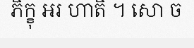
ភិក្ខុ អរ ហាតិ ។ សោ ច